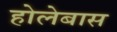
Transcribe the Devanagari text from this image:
होलेबास